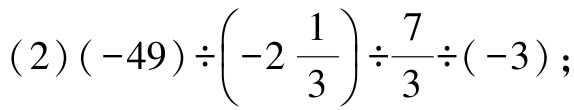
\((2)(-49)\div\left(-2\frac{1}{3}\right)\div\frac{7}{3}\div(-3);\)